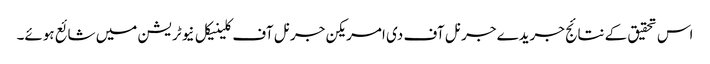
اس تحقیق کے نتائج جریدے جرنل آف دی امریکن جرنل آف کلینیکل نیوٹریشن میں شائع ہوئے۔